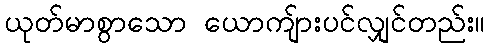
ယုတ်မာစွာသော ယောကျ်ားပင်လျှင်တည်း။